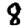
Digit: 8